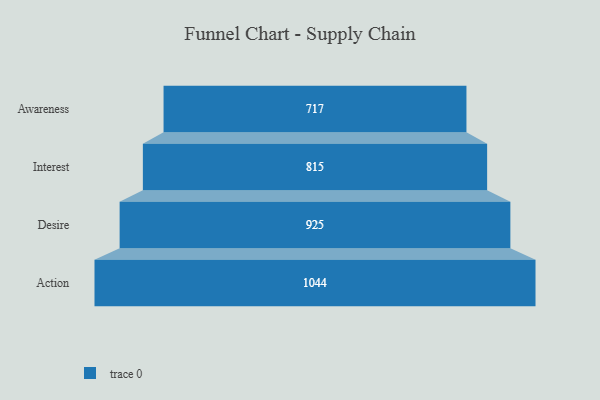
{"axis": {"x": "Stage", "y": "Value"}, "legend": [""], "data": [{"x": "Awareness", "y": 717.0, "type": ""}, {"x": "Interest", "y": 815.0, "type": ""}, {"x": "Desire", "y": 925.0, "type": ""}, {"x": "Action", "y": 1044.0, "type": ""}]}